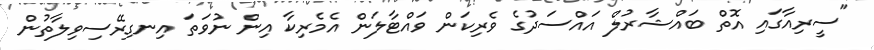
"ސީރިއާގައި އޮތް ބައްޝާރުލް އައްސަދުގެ ވެރިކަން ވައްޓާލަން އެމެރިކާ އިން ނުވަތަ އިނގިރޭސިވިލާތުން